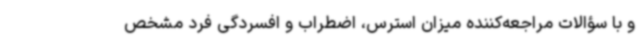
و با سؤالات مراجعه‌کننده میزان استرس، اضطراب و افسردگی‌ فرد مشخص